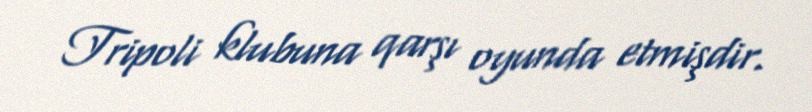
Tripoli klubuna qarşı oyunda etmişdir.